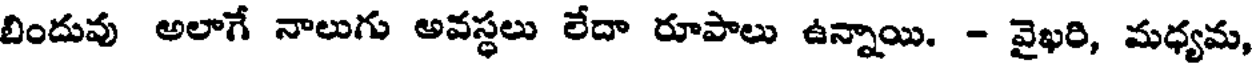
బిందువు అలాగే నాలుగు అవస్థలు లేదా రూపాలు ఉన్నాయి. - వైఖరి, మధ్యమ,